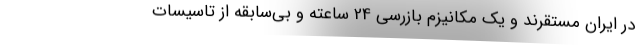
در ایران مستقرند و یک مکانیزم بازرسی 24 ساعته و بی‌سابقه از تاسیسات